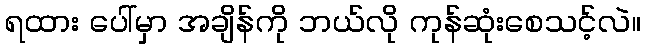
ရထား ပေါ်မှာ အချိန်ကို ဘယ်လို ကုန်ဆုံးစေသင့်လဲ။